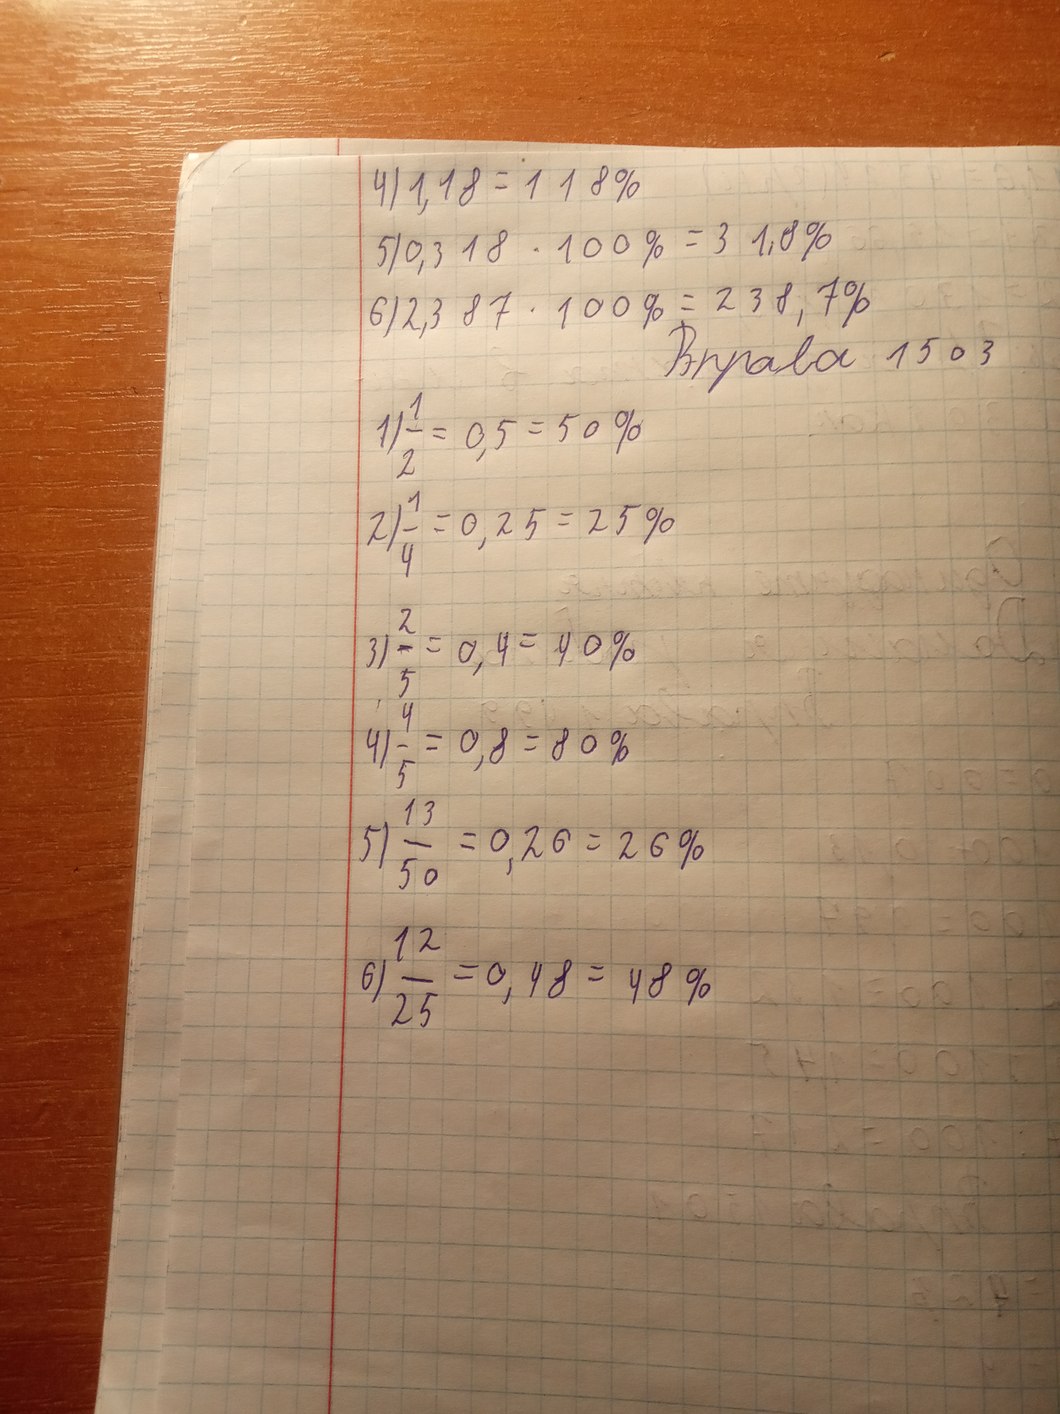
4) 1,18 = 118%
5) 0,318 * 100% = 31,8%
6) 2,387 · 100% = 238,7%
Вправа 1503
1) \frac{1}{2} = 0,5 = 50%
2) \frac{1}{4} = 0,25 = 25%
3) \frac{2}{5} = 0,4 = 40%
4) \frac{4}{5} = 0,8 = 80%
5) \frac{13}{50} = 0,26 = 26%
6) \frac{12}{25} = 0,48 = 48%